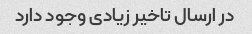
در ارسال تاخیر زیادی وجود دارد